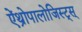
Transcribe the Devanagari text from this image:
ऐंथ्रोपालोजिस्ट्स्